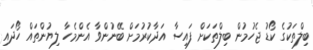
ބިލްތަކުގެ ކޯޑު ޖެހުމުން ބިލްތަކަށް ފައިސާ އަދާކުރުމަށް ބޭނުންވާ އެންމެހާ ލިޔުންތައް ހޯދައި